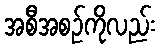
အစီအစဉ်ကိုလည်း